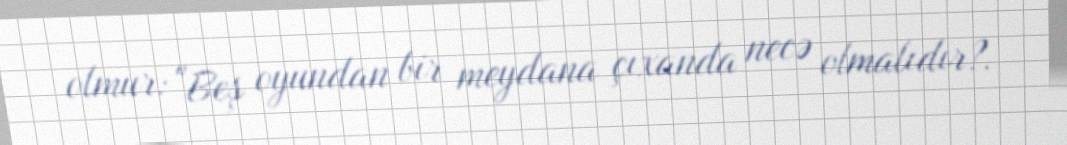
olmur: "Beş oyundan bir meydana çıxanda necə olmalıdır?.